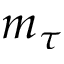
m _ { \tau }